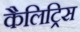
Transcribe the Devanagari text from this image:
कैलिट्रिस